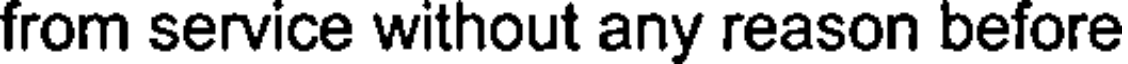
from service without any reason before